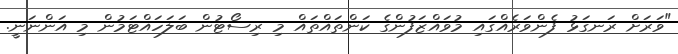
"ވަރަށް ރަނގަޅު ފެންވަރެއްގައި މުވައްޒަފުންގެ ކަންތައްތައް މި ރިސޯޓުން ބަލަހައްޓަމުން މި އަންނަނީ.